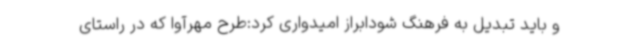
و باید تبدیل به فرهنگ شودابراز امیدواری کرد:طرح مهرآوا که در راستای